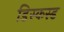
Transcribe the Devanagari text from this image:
डिस्कस्ड